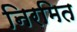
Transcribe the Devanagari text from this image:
निरमित